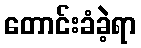
တောင်းခံခဲ့ရာ